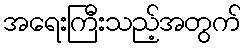
အရေးကြီးသည့်အတွက်